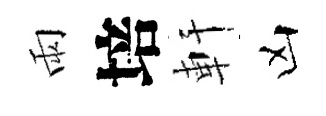
雨培軒凶